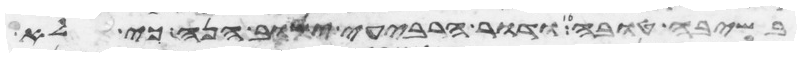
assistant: בשיבה טובה ודור הרביעי ישוב הנה כי לא